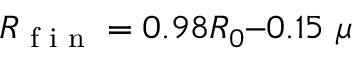
R \textsubscript { f i n } = 0 . 9 8 R _ { 0 } – 0 . 1 5 ~ \mu